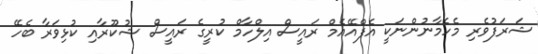
ޝަރަފުވެރި މެހެމާނުންނަކީ އެފްއޭއެމް ރައީސް އިލްހާމް ކުރީގެ ރައީސް ޝުކޫރާއި ކުޅިވަރާ ބެހޭ